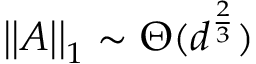
\left| \left| A \right| \right| _ { 1 } \sim \Theta ( d ^ { \frac { 2 } { 3 } } )